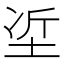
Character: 𡋈